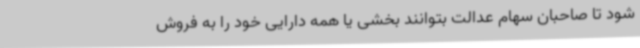
شود تا صاحبان سهام عدالت بتوانند بخشی یا همه دارایی خود را به فروش